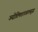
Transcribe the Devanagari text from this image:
ज्योतिषशास्त्रातसुद्धा